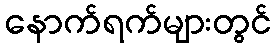
နောက်ရက်များတွင်